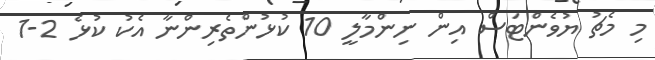
މި މެޗު ޔުވެންޓަސް އިން ނިންމާލީ 10 ކުޅުންތެރިންނާ އެކު ކުޅެ 2-1